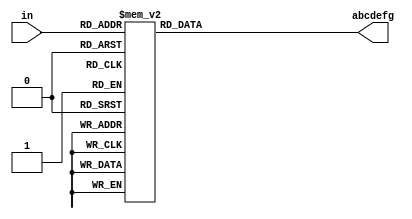
module ssd_encode(in, abcdefg);
  parameter zero = 7'b0000001, one = 7'b1001111, two = 7'b0010010;
  parameter thr = 7'b0000110, four = 7'b1001100, five = 7'b0100100;
  parameter six = 7'b0100000, svn = 7'b0001111, eght = 7'b0000000;
  parameter nine = 7'b0000100, A = 7'b0001000, B = 7'b1100000;
  parameter C = 7'b0110001, D = 7'b1000010, E = 7'b0110000, F = 7'b0111000;
  input [3:0] in;
  output reg [6:0] abcdefg;

  always@*
    begin
        case (in)
          4'b0: abcdefg = zero;
          4'b1: abcdefg = one;
          4'b10: abcdefg = two;
          4'b11: abcdefg = thr;
          4'b100: abcdefg = four;
          4'b101: abcdefg = five;
          4'b110: abcdefg = six;
          4'b111: abcdefg = svn;
          4'b1000: abcdefg = eght;
          4'b1001: abcdefg = nine;
          4'b1010: abcdefg = A;
          4'b1011: abcdefg = B;
          4'b1100: abcdefg = C;
          4'b1101: abcdefg = D;
          4'b1110: abcdefg = E;
          4'b1111: abcdefg = F;
        endcase
    end

endmodule